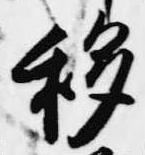
移